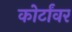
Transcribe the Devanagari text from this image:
कोर्टांवर